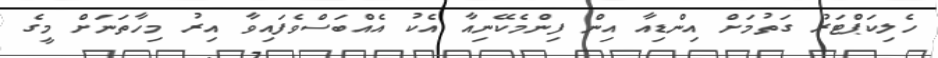
ހެލިކަޕްޓަރު ގަތުމަށް އިންޑިއާ އިން ފިންމެކޭނިއާ އެކު އެއްބަސްވެފައިވާ އިރު މިހާތަނަށް މީގެ